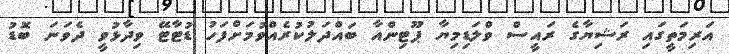
އަރިމަތީގައި ރަޝިޔާގެ ރައީސް ވްލަޑިމިޔާ ޕޫޓިންއާ ބައްދަލުކުރެއްވުމަށްފަހު ޑުޓާޓޭ ވިދާޅުވީ ދެވަނަ ބޮޑު